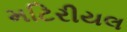
મટિરીયલ